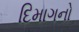
દિમાગનો